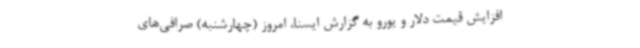
افزایش قیمت دلار و یورو به گزارش ایسنا، امروز (چهارشنبه) صرافی‌های